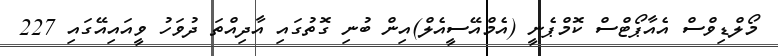
މޯލްޑިވްސް އެއާޕޯޓްސް ކޮމްޕެނީ (އެމްއޭސީއެލް)އިން ބުނި ގޮތުގައި އާދިއްތަ ދުވަހު ވީއައިއޭގައި 227